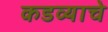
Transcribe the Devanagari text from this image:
कडव्याचे